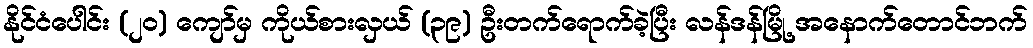
နိုင်ငံပေါင်း (၂ဝ) ကျော်မှ ကိုယ်စားလှယ် (၃၉) ဦးတက်ရောက်ခဲ့ပြီး လန်ဒန်မြို့ အနောက်တောင်ဘက်